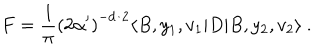
LaTeX: F = \frac { 1 } { \pi } \left( 2 \alpha ^ { \prime } \right) ^ { - d / 2 } \langle B , y _ { 1 } , v _ { 1 } | D | B , y _ { 2 } , v _ { 2 } \rangle ~ .